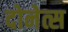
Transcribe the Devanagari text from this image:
दोनेत्स